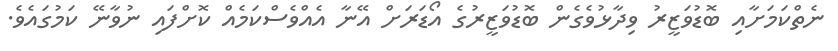
ނެތްކަމަށާއި ބޮޑުވަޒީރު ވިދާޅުވެގެން ބޮޑުވަޒީރުގެ އޯޑަރަށް އޭނާ އެއްވެސްކަމެއް ކޮށްފައި ނުވާނޭ ކަމުގައެވެ.